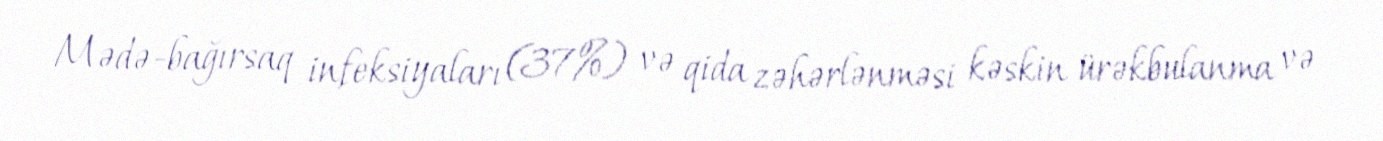
Mədə-bağırsaq infeksiyaları (37%) və qida zəhərlənməsi kəskin ürəkbulanma və